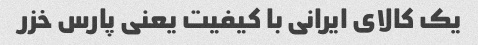
یک کالای ایرانی با کیفیت یعنی پارس خزر